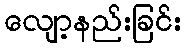
လျော့နည်းခြင်း